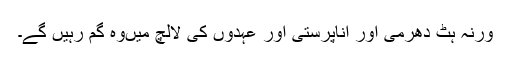
ورنہ ہٹ دھرمی اور اناپرستی اور عہدوں کی لالچ میںوہ گم رہیں گے۔